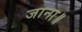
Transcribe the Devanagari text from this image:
जाना॥